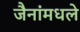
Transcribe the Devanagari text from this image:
जैनांमधले